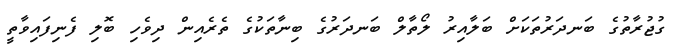
ގުޖުރާތުގެ ބަނދަރުތަކަށް ބަލާއިރު ލޯތާލް ބަނދަރުގެ ބިނާތަކުގެ ތެރެއިން ދިވެހި ބޮލި ފެނިފައިވާތީ